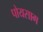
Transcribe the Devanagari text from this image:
पोयसाग